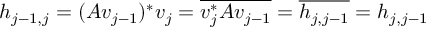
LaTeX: h _ { j - 1 , j } = ( A v _ { j - 1 } ) ^ { * } v _ { j } = { \overline { { v _ { j } ^ { * } A v _ { j - 1 } } } } = { \overline { { h _ { j , j - 1 } } } } = h _ { j , j - 1 }